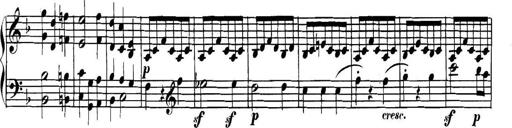
Title: Collected Piano Sonatas
Composer: Muzio Clementi